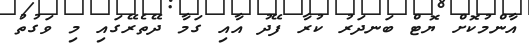
އާންމުކޮށް ޔޮޓް ބަނދަރު ކުރާ ފޭދު އާއި ގަމާ ދޭތެރޭގައި މި ވަގުތު